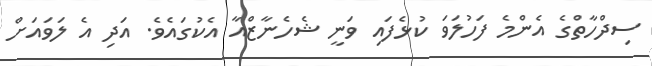
ސިދްހާތްގެ އެންމެ ފަހުލަވަ ކުޅެފައި ވަނީ ޝެހެނާޒްއާ އެކުގައެވެ. އަދި އެ ލަވައަށް